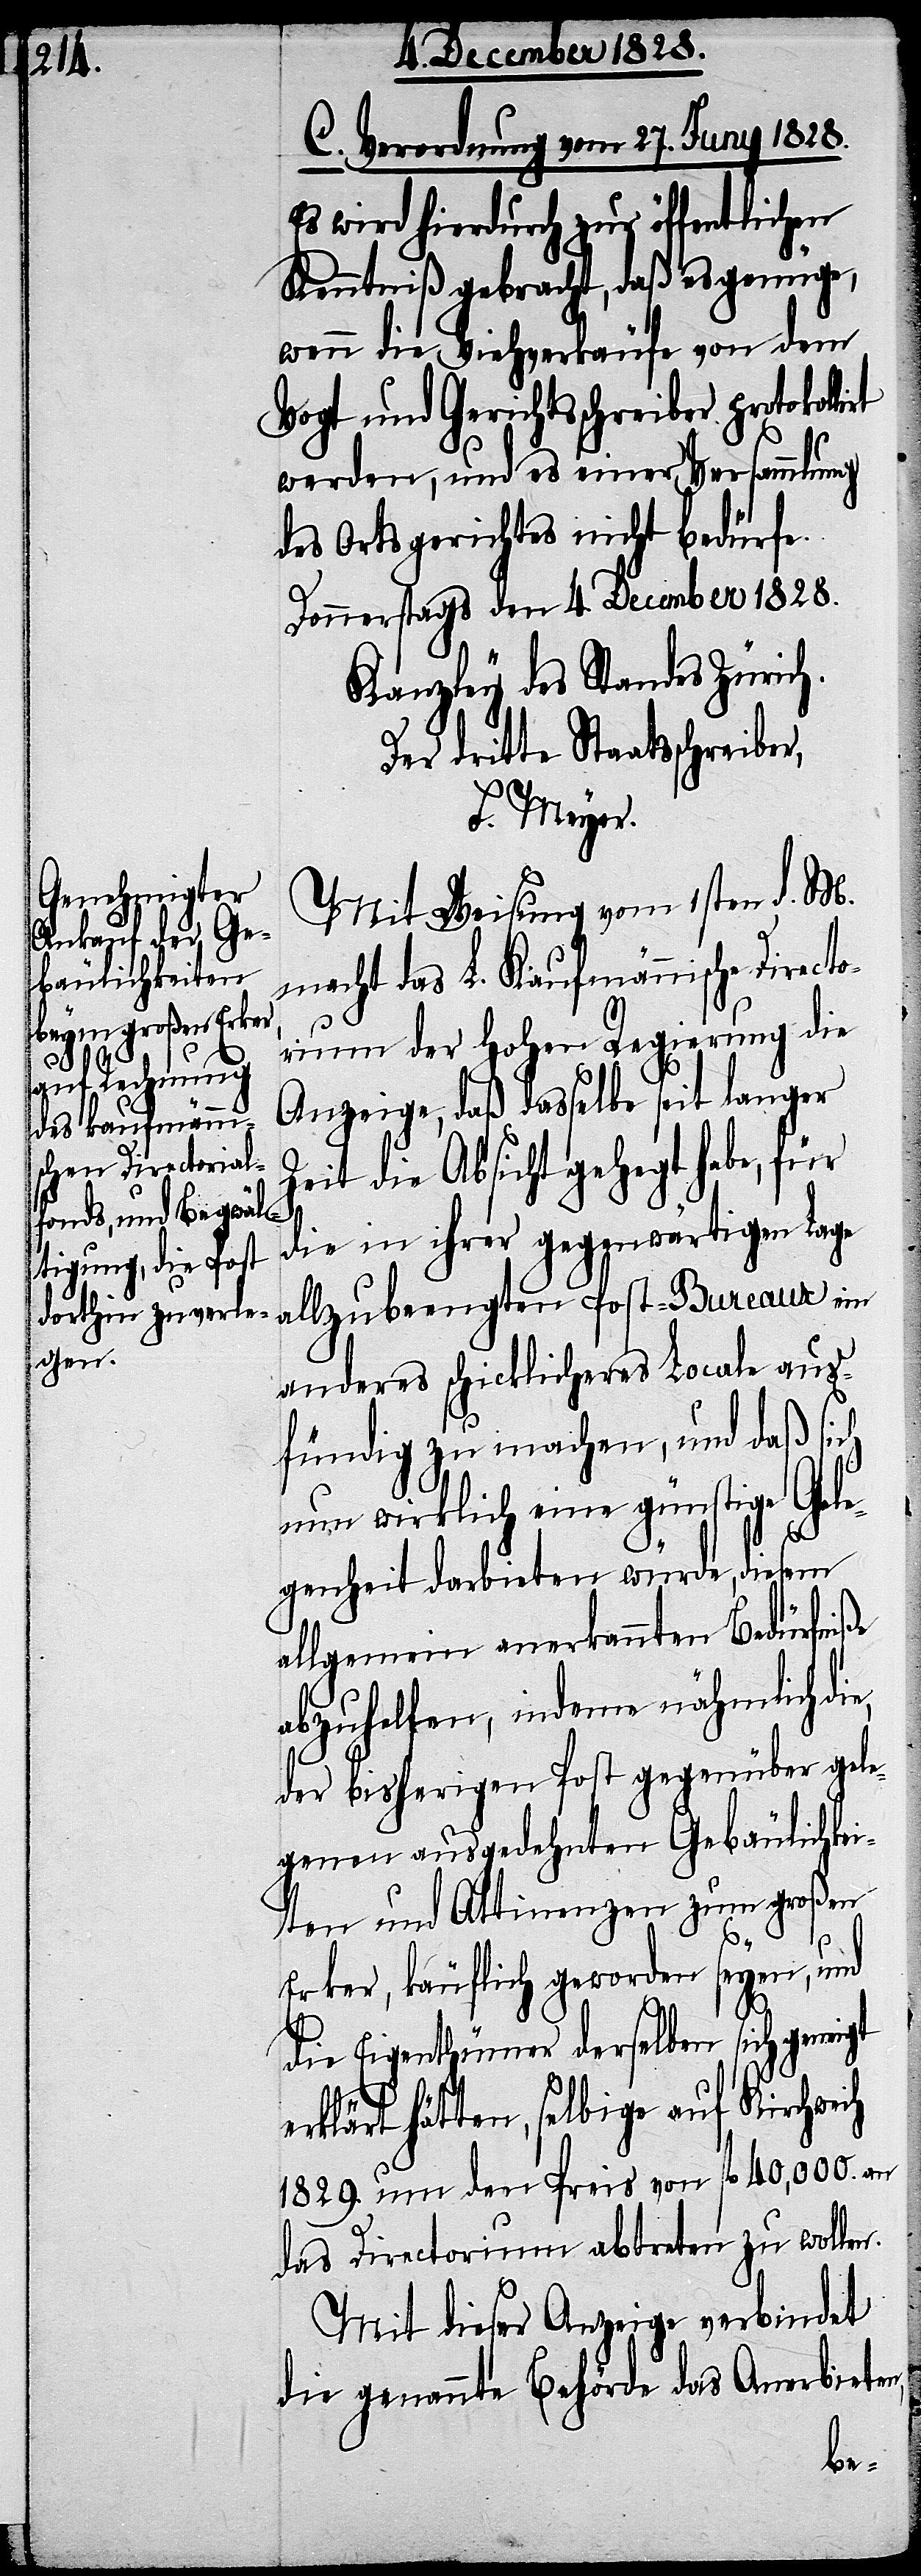
C. Verordnung vom 27. Juny 1828.
Es wird hierdurch zur öffentlichen
Kenntniß gebracht, daß es genüge,
wenn die Viehverkäufe von dem
Vogt und Gerichtsschreiber protokol¬
werden, und es einer Versammlung
des Ortsgerichtes nicht bedürfe.
Donnerstags den 4 December 1828.
Kanzley des Standes Zürich.
Der dritte Staatsschreiber,
F. Meyer.
Mit Weisung vom 1sten d. M.
macht das L. Kaufmännische Direct¬
orium der Hohen Regierung die
Anzeige, daß dasselbe seit langer
Zeit die Absicht gehegt habe, für
die in ihrer gegenwärtigen Lage
allzubeengten Post-Bureaux ein
anderes schicklicheres Locale aus¬
fündig zu machen, und daß sich
nun wirklich eine günstige Gele¬
genheit darbieten würde, diesem
allgemein anerkannten Bedürfniße
abzuhelfen, indeme nähmlich di¬
der bisherigen Post gegenüber gele¬
genen ausgedehnten Gebäulichkei¬
ten und Attinenzen zum großen
lirt
Erker, käuflich geworden seyen, und
e,
die Eigenthümer derselben sich geneigt
erklärt hätten, selbige auf Kirchweih
1829. um den Preis von fl. 40,000. an
das Directorium abtreten zu wollen.
Mit dieser Anzeige verbindet
die genannte Behörde das Anerbieten,